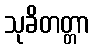
သုခိတတ္တာ